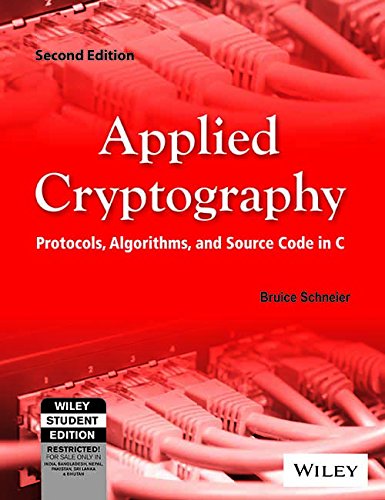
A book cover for Applied Cryptography: Protocols, Algorithms, and Source Code in C; Bruce Schneier; Computers & Technology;